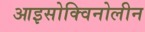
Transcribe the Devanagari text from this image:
आइसोक्विनोलीन